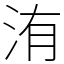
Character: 洧